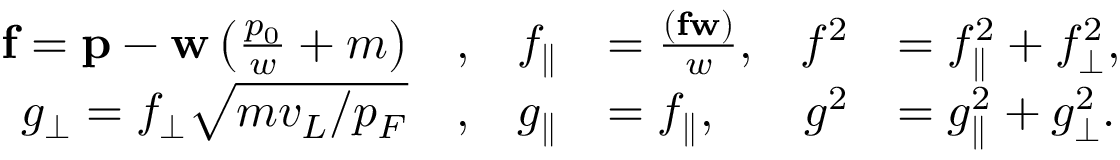
\begin{array} { r l r l r l } { \mathbf { f } = \mathbf { p } - \ensuremath { \mathbf { w } } \left( \frac { p _ { 0 } } { w } + m \right) } & { , } & { f _ { \parallel } } & { = \frac { ( \mathbf { f } \ensuremath { \mathbf { w } } ) } { w } , } & { f ^ { 2 } } & { = f _ { \parallel } ^ { 2 } + f _ { \perp \vphantom { \parallel } } ^ { 2 } , } \\ { g _ { \perp \vphantom { \parallel } } = f _ { \perp \vphantom { \parallel } } \sqrt { m v _ { L } / p _ { F } } } & { , } & { g _ { \parallel } } & { = f _ { \parallel } , } & { g ^ { 2 } } & { = g _ { \parallel } ^ { 2 } + g _ { \perp \vphantom { \parallel } } ^ { 2 } . } \end{array}